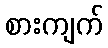
စားကျက်